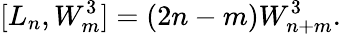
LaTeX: [L_{n},W_{m}^{3}]=(2n-m)W_{n+m}^{3}.